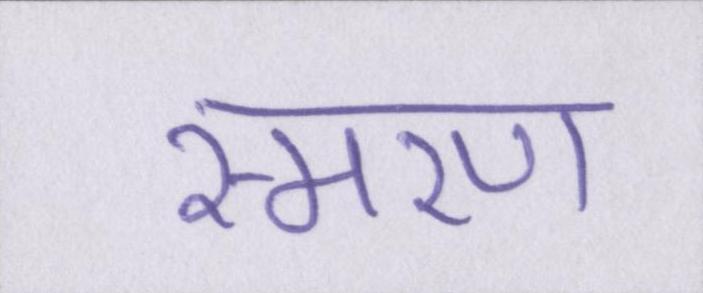
स्मरण